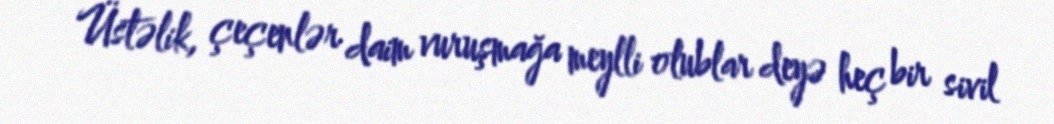
Üstəlik, çeçenlər daim vuruşmağa meylli olublar deyə heç bir sivil